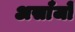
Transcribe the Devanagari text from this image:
असाँजो